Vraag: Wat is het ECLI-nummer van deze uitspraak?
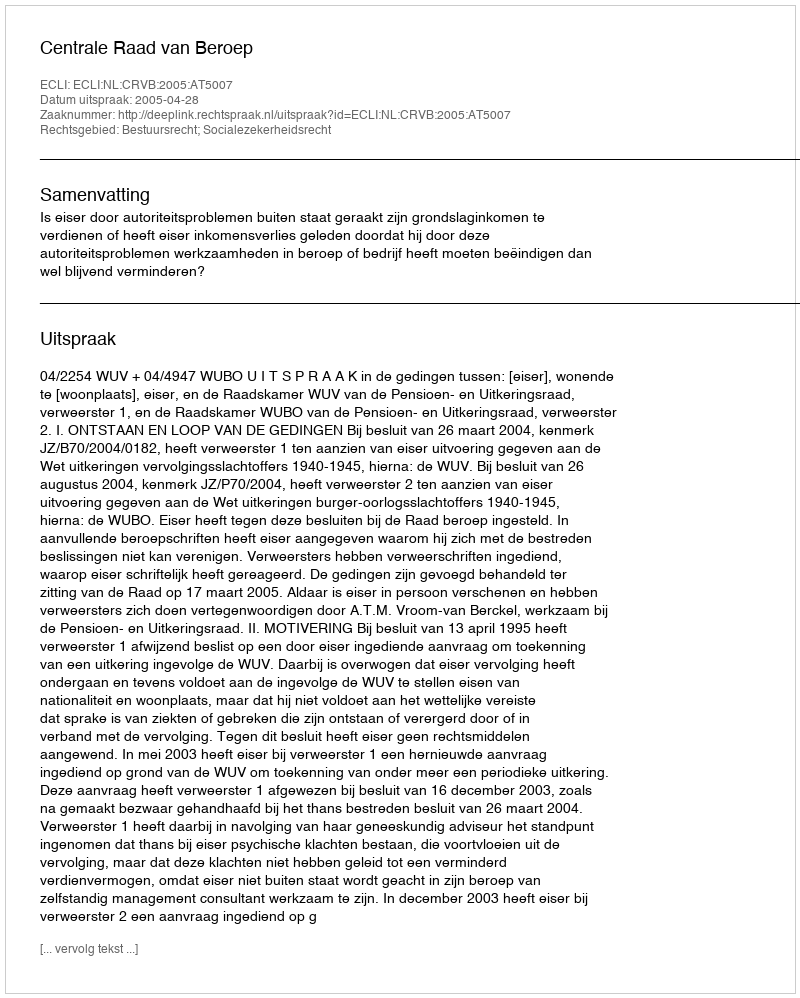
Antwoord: ECLI:NL:CRVB:2005:AT5007